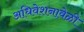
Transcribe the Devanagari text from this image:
अधिवेशनावेळी